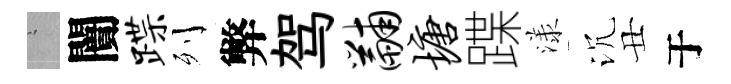
搖闠蹀列弊驾黼塘蹀漾沉丑于